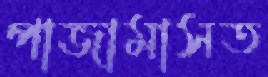
পাজামাসত